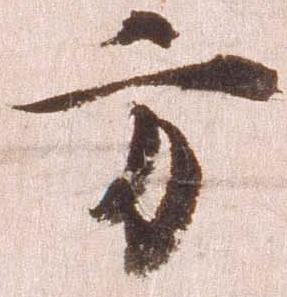
方